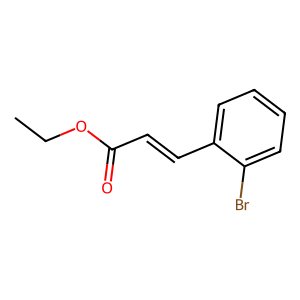
SMILES: CCOC(=O)C=Cc1ccccc1Br
Inhibits HIV replication: No